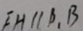
E H / / B _ { 1 } B